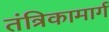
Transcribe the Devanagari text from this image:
तंत्रिकामार्ग